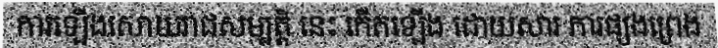
ការឡើងសោយរាជសម្បត្តិ នេះ កើតឡើង ដោយសារ ការផ្សងព្រេង